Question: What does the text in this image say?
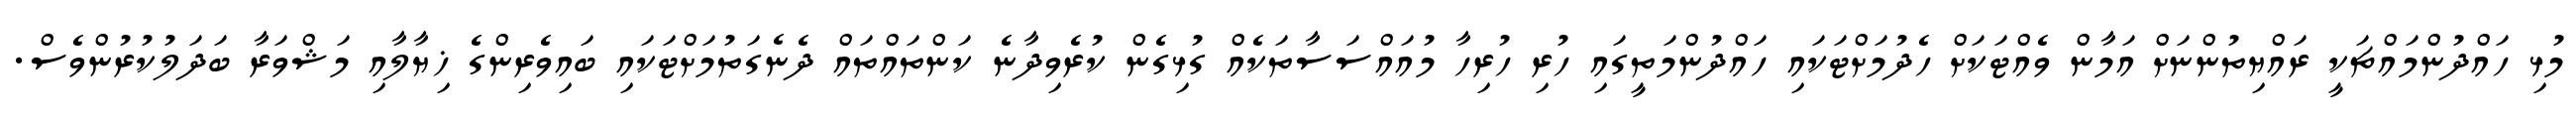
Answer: މުޅި ހައްދުންމައްޗަކީ ރައްޔިތުންނަށް އަމާން ވެއްޓަކަށް ހެދުމަށްޓަކައި ހައްދުންމަތީގައި ހުރި ހުރިހާ މުއައްސަސާތަކެއް ގުޅިގެން ކުރެވިދާނެ ކަންތައްތައް ދެނެގަތުމަށްޓަކައި ބައިވެރިންގެ ޚިޔާލާއި މަޝްވަރާ ބަދަލުކުރުންވެސް.